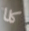
كلا